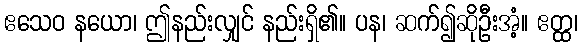
ဧသေဝ နယော၊ ဤနည်းလျှင် နည်းရှိ၏။ ပန၊ ဆက်၍ဆိုဦးအံ့။ ဧတ္ထ၊